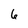
Character: 6